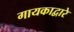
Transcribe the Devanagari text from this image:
गायकाद्वारे